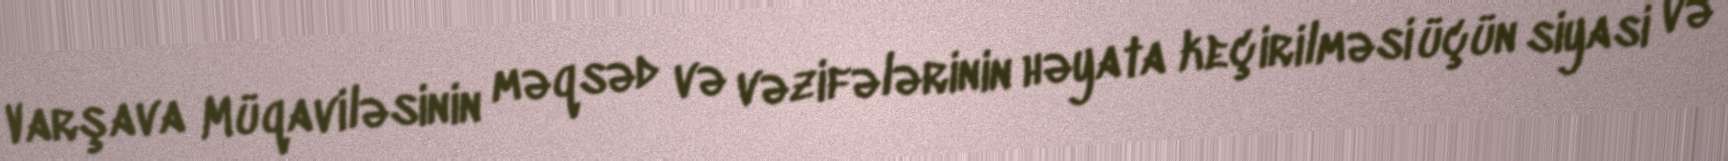
Varşava Müqaviləsinin məqsəd və vəzifələrinin həyata keçirilməsi üçün siyasi və